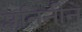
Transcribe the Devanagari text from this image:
प्लतिनीने